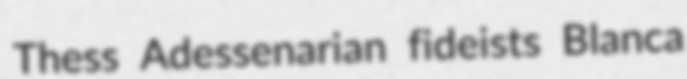
Thess Adessenarian fideists Blanca